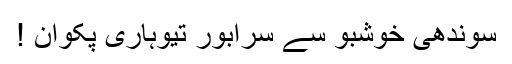
سوندھی خوشبو سے سرابور تیوہاری پکوان !